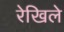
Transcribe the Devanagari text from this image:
रेखिले